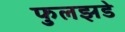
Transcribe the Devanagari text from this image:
फुलझडे